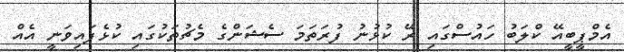
އެމްޕީބީއޭ ކްލަބު ހައުސްގައި ރޭ ކުޅުނު ފުރަތަމަ ސެޝަންގެ މެޗުތަކުގައި ކުޅެފައިވަނީ އެއް